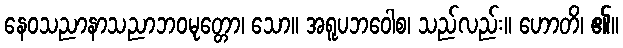
နေဝသညာနာသညာဘဝမုတ္တော၊ သော။ အရူပဘဝေါစ၊ သည်လည်း။ ဟောတိ၊ ၏။